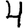
Digit: 4